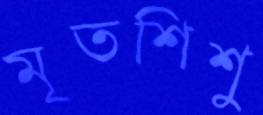
মৃতশিশু